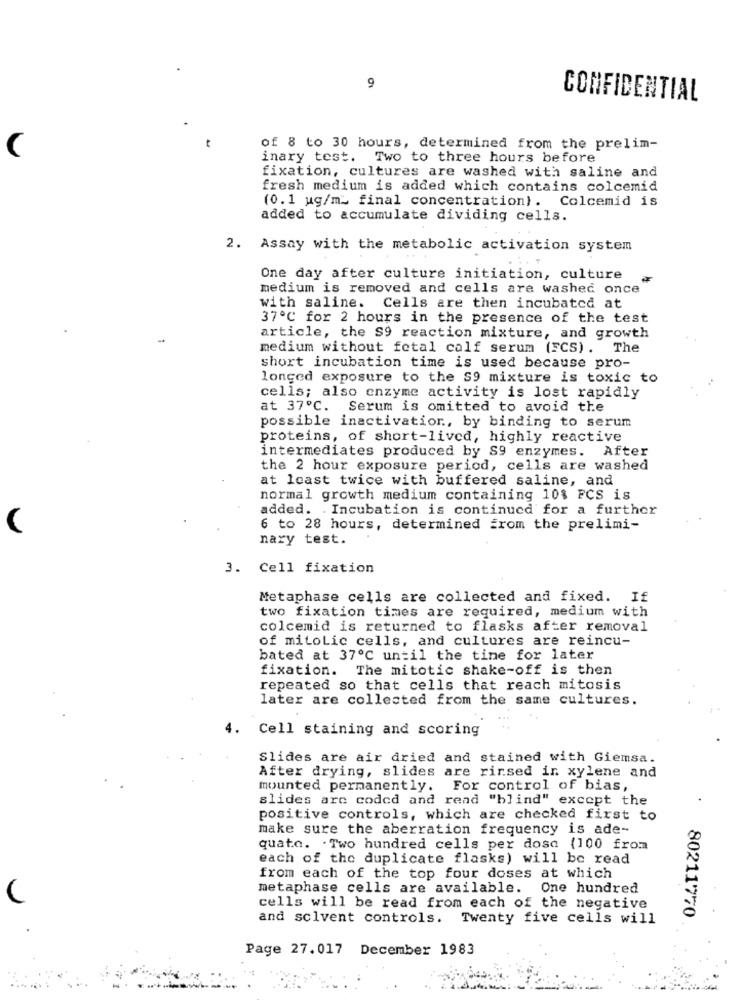
9
CONFIDENTIAL
C
of 8 to 30 hours, determined from the prelim-
inary test. Two to three hours before
fixation, cultures are washed with saline and
fresh medium is added which contains colcemid
(0.1 ug/m_ final concentration). Colcemid is
added to accumulate dividing cells.
2. Assay with the metabolic activation system
One day after culture initiation, culture
medium is removed and cells are washed once
with saline. Cells are then incubated at
37º℃ for 2 hours in the presence of the test
article, the S9 reaction mixture, and growth
medium without fetal calf serum (FCS). The
short incubation time is used because pro-
longed exposure to the S9 mixture is toxic to
cells; also enzyme activity is lost rapidly
at 37℃. Serum is omitted to avoid the
possible inactivation ., by binding to serum
proteins, of short-lived, highly reactive
intermediates produced by S9 enzymes. After
the 2 hour exposure period, cells are washed
at least twice with buffered saline, and
normal growth medium containing 10% FCS is
added. . Incubation is continued for a further
6 to 28 hours, determined from the prelimi-
nary test.
3. Cell fixation
Metaphase cells are collected and fixed. If
two fixation times are required, medium with
colcemid is returned to flasks after removal
of mitotic cells, and cultures are reincu-
bated at 37℃ until the time for later
fixation. The mitotic shake-off is then
repeated so that cells that reach mitosis
later are collected from the same cultures.
4. Cell staining and scoring
Slides are air dried and stained with Giemsa.
After drying, slides are rinsed in xylene and
mounted permanently. For control of bias,
slides arc coded and read "blind" except the
positive controls, which are checked first to
make sure the aberration frequency is ade-
quato. . Two hundred cells per dosa (100 from
each of the duplicate flasks) will be read
from each of the top four doses at which
metaphase cells are available. One hundred
cells will be read from each of the negative
80211770
and solvent controls. Twenty five cells will
Page 27.017 December 1983